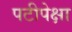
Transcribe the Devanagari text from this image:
पटीपेक्षा